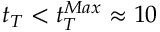
t _ { T } < t _ { T } ^ { M a x } \approx 1 0